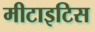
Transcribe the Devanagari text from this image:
मीटाइटिस